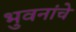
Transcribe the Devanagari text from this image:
भुवनांचे